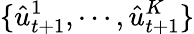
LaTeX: \{ \hat{u}_{t+1}^{1},\cdots,\hat{u}_{t+1}^{K}\}